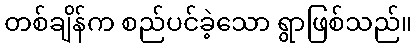
တစ်ချိန်က စည်ပင်ခဲ့သော ရွာဖြစ်သည်။